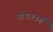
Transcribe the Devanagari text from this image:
गोथनबर्गं